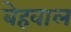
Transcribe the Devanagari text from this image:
बेहवाल